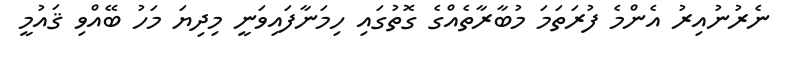
ނެރުނުއިރު އެންމެ ފުރަތަމަ މުބާރާތެއްގެ ގޮތުގައި ހިމަނާފައިވަނީ މިދިޔަ މަހު ބޭއްވި ޤައުމީ